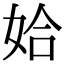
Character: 姶